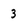
Character: 3